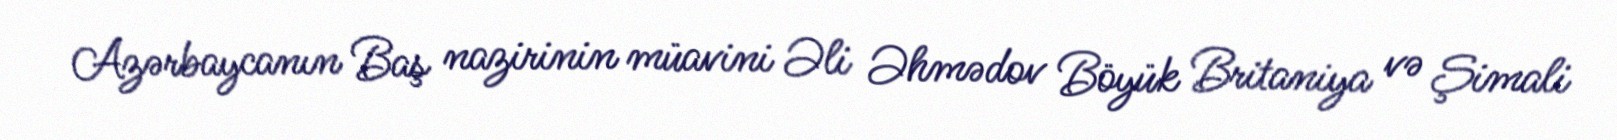
Azərbaycanın Baş nazirinin müavini Əli Əhmədov Böyük Britaniya və Şimali